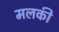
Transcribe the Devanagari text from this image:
मलकी